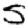
Digit: 5